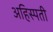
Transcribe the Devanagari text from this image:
अहिस्पती